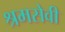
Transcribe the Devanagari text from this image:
श्रमसेवी